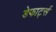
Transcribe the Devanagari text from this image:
डेफार्ट्स